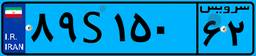
۸۹S۱۵۰۶۲